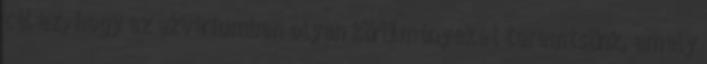
cél az, hogy az akváriumban olyan körülményeket teremtsünk, amely